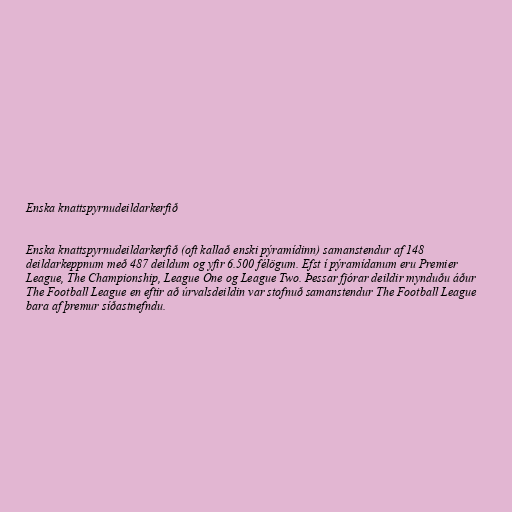
Enska knattspyrnudeildarkerfið

Enska knattspyrnudeildarkerfið (oft kallað enski pýramídinn) samanstendur af 148
deildarkeppnum með 487 deildum og yfir 6.500 félögum. Efst í pýramídanum eru Premier
League, The Championship, League One og League Two. Þessar fjórar deildir mynduðu áður
The Football League en eftir að úrvalsdeildin var stofnuð samanstendur The Football League
bara af þremur síðastnefndu.